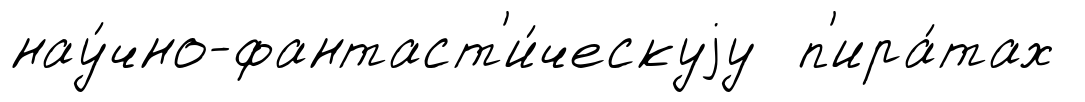
нау́чно-фантаст'и́ческуjу п'ира́тах